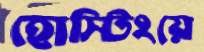
হোস্টিংয়ে